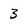
Character: 3